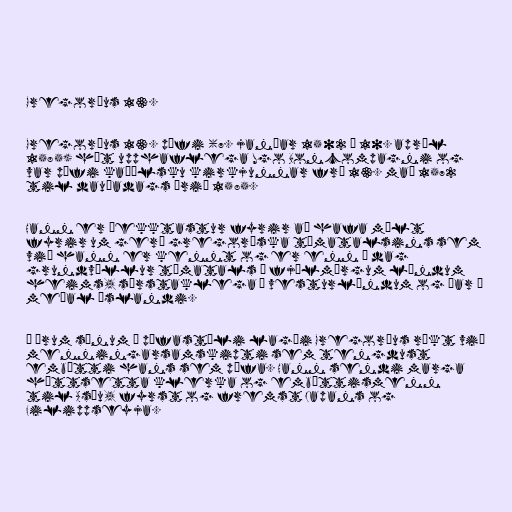
Gregoríus 13.

Gregoríus 13. páfi (7. janúar 1502 – 10. apríl
1585) hét upphaflega Ugo Boncompagni og
var páfi kaþólsku kirkjunnar frá 13. maí 1572
til dauðadags árið 1585.

Hann er þekktastur fyrir að hafa mælt
fyrir um gerð gregoríska tímatalsins sem
við hann er kennt og er enn í dag
grundvöllur tímatals í fjölmörgum löndum
heims, sérstaklega á vesturlöndum og þar á
meðal Íslandi.

Á árum sínum á páfastóli lagði Gregoríus rækt við
menningarsamskipti sem tengdust
embætti hans sem páfa. Hann sendi marga
háttsetta klerka og embættismenn
til Asíu, fyrst og fremst Japans og
Filippseyja.